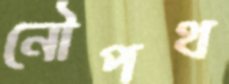
নৌপথ